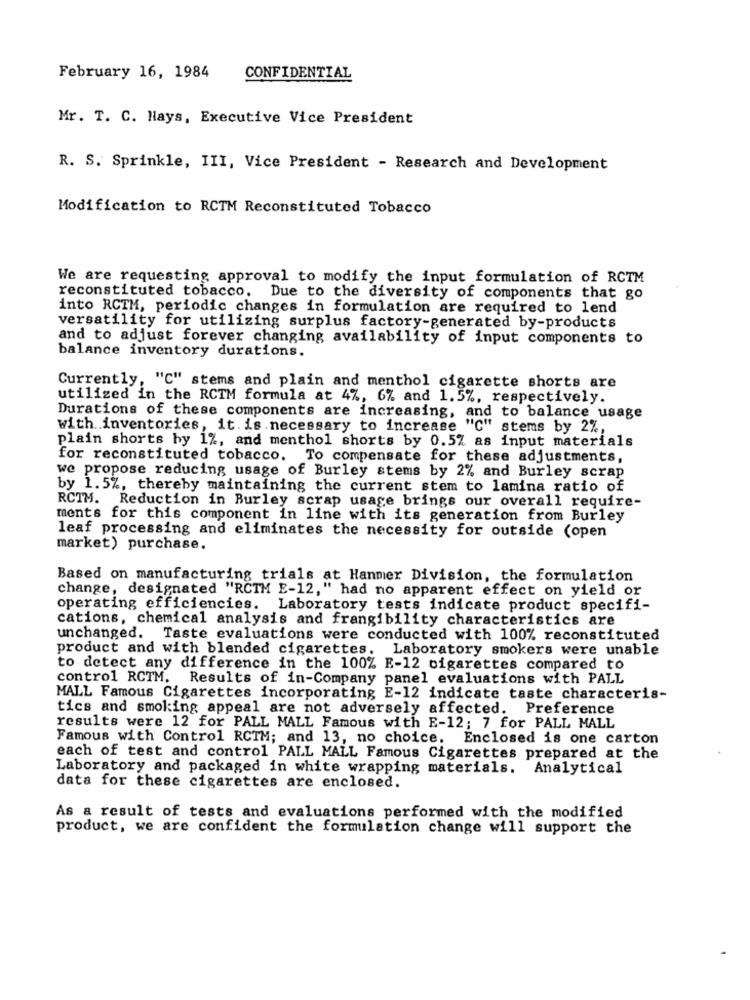
February 16, 1984
CONFIDENTIAL
Mr. T. C. Hays, Executive Vice President
R. S. Sprinkle, III, Vice President - Research and Development
Modification to RCTM Reconstituted Tobacco
We are requesting approval to modify the input formulation of RCTM
reconstituted tobacco. Due to the diversity of components that go
into RCTM, periodic changes in formulation are required to lend
versatility for utilizing surplus factory-generated by-products
and to adjust forever changing availability of input components to
balance inventory durations.
Currently, "C" stems and plain and menthol cigarette shorts are
utilized in the RCTM formula at 4%, 6% and 1.5%, respectively.
Durations of these components are increasing, and to balance usage
with inventories, it is necessary to increase "C" stems by 2%,
plain shorts by 1%, and menthol shorts by 0.57 as input materials
for reconstituted tobacco. To compensate for these adjustments,
we propose reducing usage of Burley stems by 2% and Burley scrap
by 1.5%, thereby maintaining the current stem to lamina ratio of
RCTM. Reduction in Burley scrap usage brings our overall require-
ments for this component in line with its generation from Burley
leaf processing and eliminates the necessity for outside (open
market) purchase.
Based on manufacturing trials at Hanmer Division, the formulation
change, designated "RCTM E-12," had no apparent effect on yield or
operating efficiencies. Laboratory tests indicate product specifi-
cations, chemical analysis and frangibility characteristics are
unchanged. Taste evaluations were conducted with 100% reconstituted
product and with blended cigarettes. Laboratory smokers were unable
to detect any difference in the 100% E-12 cigarettes compared to
control RCTM.
Results of in-Company panel evaluations with PALL
MALL Famous Cigarettes incorporating E-12 indicate taste characteris-
tics and smoking appeal are not adversely affected. Preference
results were 12 for PALL MALL Famous with E-12; 7 for PALL MALL
Famous with Control RCTM; and 13, no choice. Enclosed is one carton
each of test and control PALL MALL Famous Cigarettes prepared at the
Laboratory and packaged in white wrapping materials. Analytical
data for these cigarettes are enclosed.
As a result of tests and evaluations performed with the modified
product, we are confident the formulation change will support the